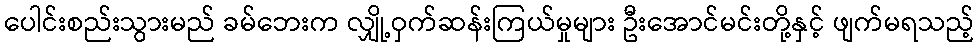
ပေါင်းစည်းသွားမည် ခမ်ဘေးက လျှို့ဝှက်ဆန်းကြယ်မှုများ ဦးအောင်မင်းတို့နှင့် ဖျက်မရသည့်